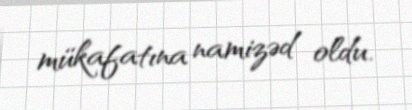
mükafatına namizəd oldu.